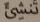
تنشئ